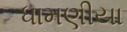
ધામણીયા